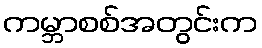
ကမ္ဘာစစ်အတွင်းက